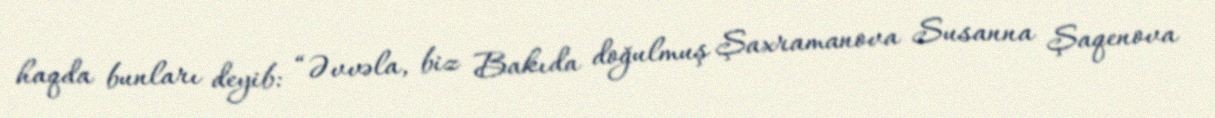
haqda bunları deyib: “Əvvəla, biz Bakıda doğulmuş Şaxramanova Susanna Şaqenova